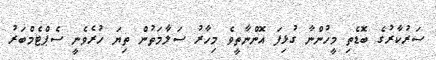
ސަރުކާރުގެ ބޮޑެތި މީހުންނާ ގުޅިފަ އޮންނާތީވެ މިހާރު ސަލާމަތުން ތިޔަ ހުރެވެނީ ސެޕްޓެމްބަރު